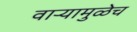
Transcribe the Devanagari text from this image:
वाऱ्यामुळेच